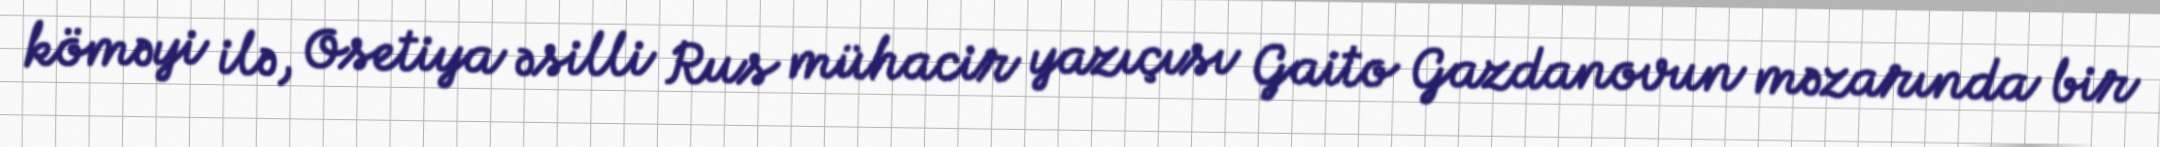
köməyi ilə, Osetiya əsilli Rus mühacir yazıçısı Gaito Gazdanovun məzarında bir